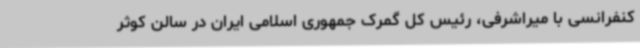
کنفرانسی با میراشرفی، رئیس کل گمرک جمهوری اسلامی ایران در سالن کوثر